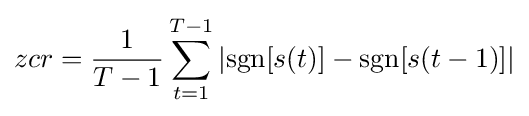
zcr={\frac {1}{T-1}}\sum _{t=1}^{T-1}\left|\mathrm {sgn} [s(t)]-\mathrm {sgn} [s(t-1)]\right|